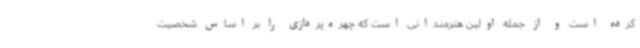
کرده است و از جمله اولین هنرمندانی است که چهره‌پردازی را بر اساس شخصیت